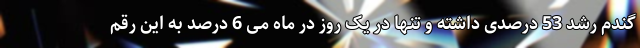
گندم رشد 53 درصدی داشته و تنها در یک روز در ماه می 6 درصد به این رقم